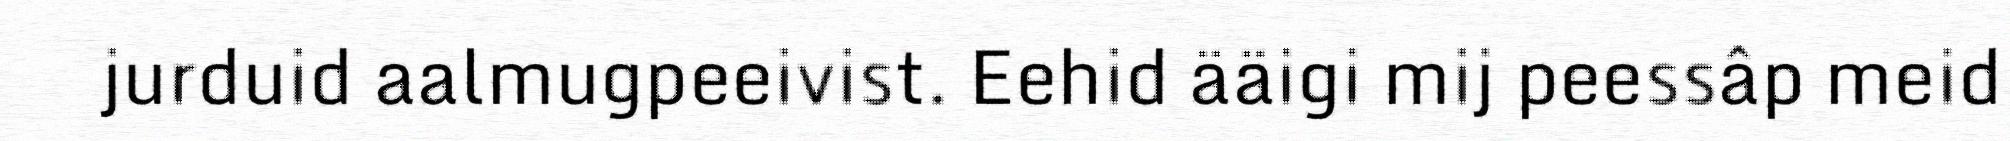
jurduid aalmugpeeivist. Eehid ääigi mij peessâp meid